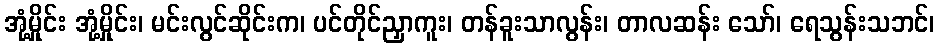
အုံ့မှိုင်း အုံ့မှိုင်း၊ မင်းလွင်ဆိုင်းက၊ ပင်တိုင်ညှာကူး၊ တန်ခူးသာလွန်း၊ တာလဆန်း သော်၊ ရေသွန်းသဘင်၊